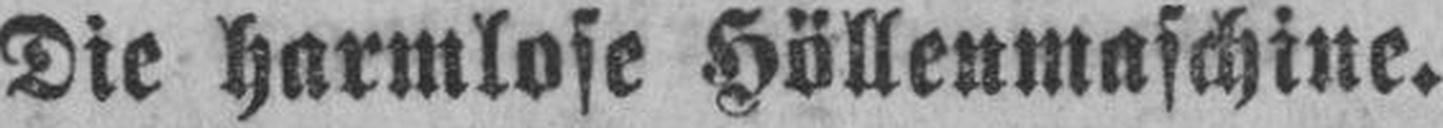
Die harmlose Höllenmaschine.